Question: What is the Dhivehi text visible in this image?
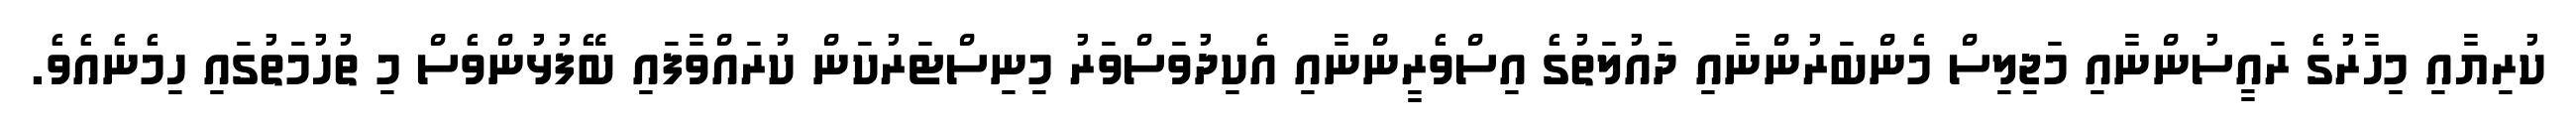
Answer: ކުރިޔާއި މިހާރުގެ ރައީސުންނާއި މަޖިލިސް މެންބަރުންނާއި ދައުލަތުގެ އިސްވެރީންނާއި އެކިދުވަސްވަރު މިނިސްޓަރުކަން ކުރައްވާފައި ބޭފުޅުންވެސް މި ތުހުމަތުގައި ހިމެނެއެވެ.